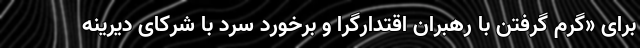
برای «گرم گرفتن با رهبران اقتدارگرا و برخورد سرد با شرکای دیرینه